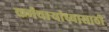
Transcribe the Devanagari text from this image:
कर्मचार्‍यांच्यासाठी